Scottish Certificate of Education, 1962
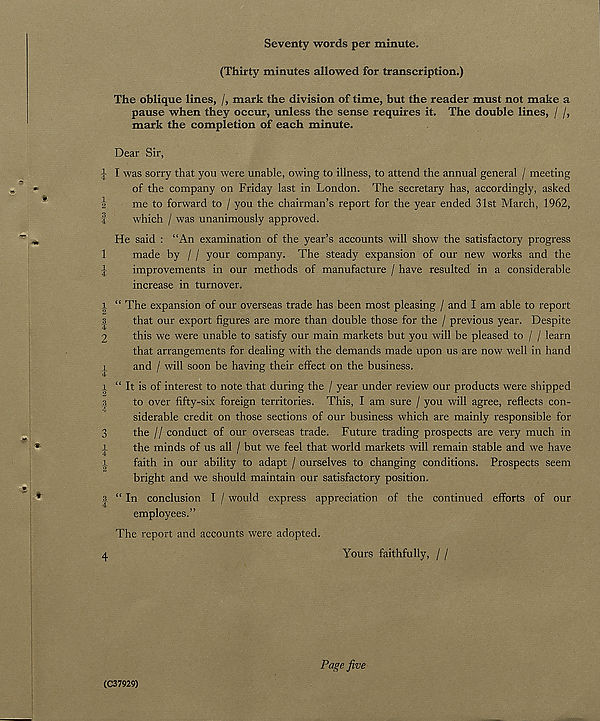
£-| m oo rf-iw ic;m
tO tHco io|m
(Mm (-m
(Hw
Seventy words per minute.
(Thirty minutes allowed for transcription.)
The oblique lines, /, mark the division of time, but the reader must not make a
pause when they occur, unless the sense requires it. The double lines, / /,
mark the completion of each minute.
Dear Sir,
j ; I was sorry that you were unable, owing to illness, to attend the annual general / meeting
of the company on Friday last in London. The secretary has, accordingly, asked
me to forward to / you the chairman’s report for the year ended 31st March, 1962,
which / was unanimously approved.
He said : “An examination of the year’s accounts will show the satisfactory progress
made by / / your company. The steady expansion of our new works and the
improvements in our methods of manufacture / have resulted in a considerable
increase in turnover.
“ The expansion of our overseas trade has been most pleasing / and I am able to report
that our export figures are more than double those for the / previous year. Despite
this we were unable to satisfy our main markets but you will be pleased to / / learn
that arrangements for dealing with the demands made upon us are now well in hand
and / will soon be having their effect on the business.
“ It is of interest to note that during the / year under review our products were shipped
to over fifty-six foreign territories. This, I am sure / you will agree, reflects con-
siderable credit on those sections of our business which are mainly responsible for
the I/ conduct of our overseas trade. Future trading prospects are very much in
the minds of us all / but we feel that world markets will remain stable and we have
i.
faith in our ability to adapt / ourselves to changing conditions. Prospects seem
bright and we should maintain our satisfactory position.
s “ In conclusion I / would express appreciation of the continued efforts of our
employees.”
The report and accounts were adopted.
4
Yours faithfully, / /
(C37929)
Page five